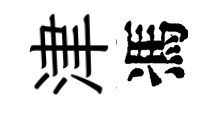
津馮